Annual administration report of the Civil Veterinary Department, Sind - 1939-1940
Year: 1939
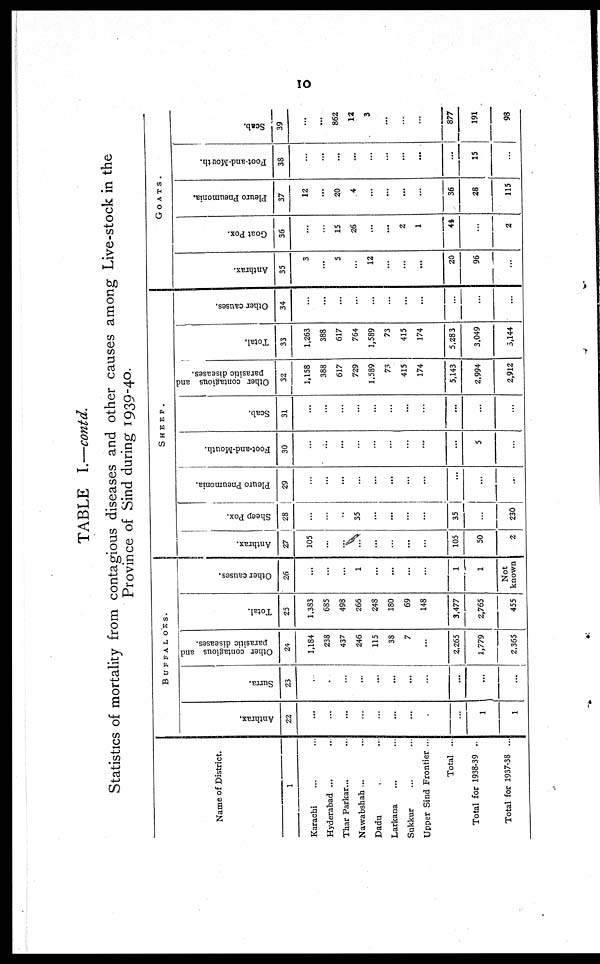
10
TABLE I.—contd.
Statistics of mortality from contagious diseases and other causes among Live-stock in the
Province of Sind during 1939-40.
Name of District.
1
Karachi ... ...
Hyderabad ... ...
Thar Parkar... ...
Nawabshah ... ...
Dadu
..
...
Larkana ... ...
Sukkur ... ...
Upper Sind Frontier ...
Total ...
Total for 1938-39 ..
Total for 1937-38 ...
BUFFALOES.
Anthrax.
22
...
...
...
...
...
...
...
...
...
1
1
Surra.
23
...
...
...
...
...
...
...
...
...
...
...
Other contagious and
parasitic diseases.
24
1,184
238
437
246
115
38
7
...
2,265
1,779
2,365
Total.
25
1,383
685
498
266
248
180
69
148
3,477
2,765
455
Other causes.
26
...
...
...
1
...
...
...
...
1
1
Not
known
SHEEP.
Anthrax.
27
105
...
...
...
...
...
...
...
105
50
2
Sheep Pox.
28
...
...
...
35
...
...
...
...
35
...
230
Pleuro Pneumonia.
29
...
...
...
...
...
...
...
...
...
...
...
Foot-and-Mouth.
30
...
...
...
...
...
...
...
...
...
5
...
Scab.
31
...
...
...
...
...
...
...
...
...
...
...
Other contagious and
parasitic diseases.
32
1,158
388
617
729
1,589
73
415
174
5,143
2,994
2,912
Total.
33
1,263
388
617
764
1,589
73
415
174
5,283
3,049
3,144
Other causes.
34
...
...
...
...
...
...
...
...
...
...
...
GOATS.
Anthrax.
35
3
...
5
...
12
...
...
...
20
96
...
Goat Pox.
36
...
...
15
26
...
...
2
1
44
...
2
Pleuro Pneumonia.
37
12
...
20
4
...
...
...
...
36
28
115
Foot-and-Mouth.
38
...
...
...
...
...
...
...
...
...
15
...
Scab.
39
...
...
862
12
3
...
...
...
877
191
98